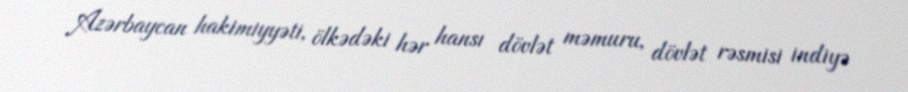
Azərbaycan hakimiyyəti, ölkədəki hər hansı dövlət məmuru, dövlət rəsmisi indiyə